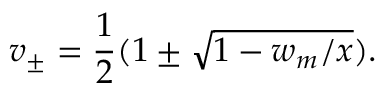
v _ { \pm } = \frac { 1 } { 2 } ( 1 \pm \sqrt { 1 - w _ { m } / x } ) .